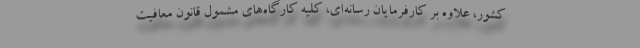
کشور، علاوه بر کارفرمایان رسانه‌ای، کلیه کارگاه‌های مشمول قانون معافیت